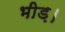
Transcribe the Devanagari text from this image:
भीड़़।